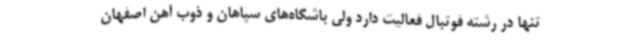
تنها در رشته فوتبال فعالیت دارد ولی باشگاه‌های سپاهان و ذوب آهن اصفهان